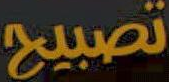
تصبيح